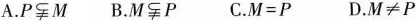
A.$$P\nsubseteq M$$ B.$$M\nsubseteq P$$ C.$$M=P$$ D.$$M\neq P$$